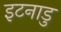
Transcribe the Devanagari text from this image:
इटनाडु